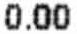
0.00